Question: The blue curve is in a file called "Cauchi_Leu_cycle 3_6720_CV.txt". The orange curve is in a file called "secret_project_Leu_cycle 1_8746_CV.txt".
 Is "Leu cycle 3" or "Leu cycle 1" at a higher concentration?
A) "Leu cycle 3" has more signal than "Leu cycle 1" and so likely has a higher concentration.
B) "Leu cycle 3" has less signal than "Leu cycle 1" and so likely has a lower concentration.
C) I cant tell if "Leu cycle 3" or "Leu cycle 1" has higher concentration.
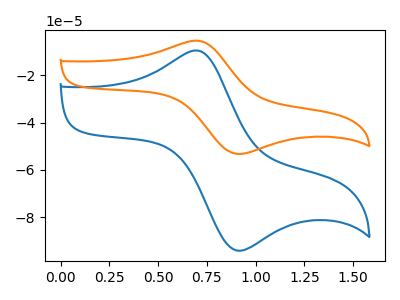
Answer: <think>The blue curve "Leu cycle 3" has an anodic peak at (0.70V, -9.65uA) and a cathodic peak at (0.90V, -94.15uA). The orange curve "Leu cycle 1" has an anodic peak at (0.70V, -5.45uA) and a cathodic peak at (0.90V, -53.25uA).
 All the peaks in "Leu cycle 3" have a peak in "Leu cycle 1" at the same potential.</think>
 <answer>C) I cant tell if "Leu cycle 3" or "Leu cycle 1" has higher concentration.</answer>
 <eval>C</eval>